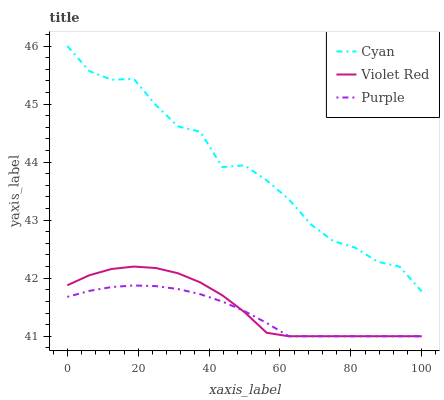
| xaxis_label | Cyan | Violet Red | Purple |
 | --- | --- | --- | --- |
 | 0 | 46 | 41.9 | 41.7 |
 | 6.25 | 45.6 | 42.1 | 41.8 |
 | 12.5 | 45.4 | 42.2 | 41.8 |
 | 18.8 | 45.4 | 42.2 | 41.9 |
 | 25 | 45 | 42.2 | 41.9 |
 | 31.2 | 44.6 | 42.1 | 41.8 |
 | 37.5 | 44.5 | 41.9 | 41.7 |
 | 43.8 | 43.9 | 41.7 | 41.6 |
 | 50 | 43.9 | 41.4 | 41.4 |
 | 56.2 | 43.7 | 41.1 | 41.2 |
 | 62.5 | 43.4 | 41 | 41 |
 | 68.8 | 42.9 | 41 | 41 |
 | 75 | 42.6 | 41 | 41 |
 | 81.2 | 42.5 | 41 | 41 |
 | 87.5 | 42.3 | 41 | 41 |
 | 93.8 | 42.2 | 41 | 41 |
 | 100 | 41.8 | 41 | 41 |